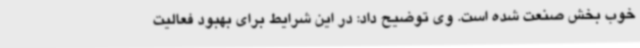
خوب بخش صنعت شده است. وی توضیح داد: در این شرایط برای بهبود فعالیت